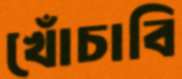
খোঁচাবি